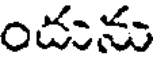
దును